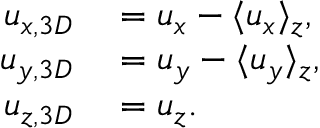
\begin{array} { r l } { u _ { x , 3 D } } & { { } = u _ { x } - \langle u _ { x } \rangle _ { z } , } \\ { u _ { y , 3 D } } & { { } = u _ { y } - \langle u _ { y } \rangle _ { z } , } \\ { u _ { z , 3 D } } & { { } = u _ { z } . } \end{array}